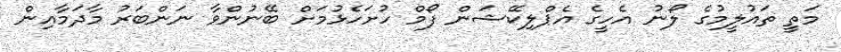
މަތީ ތައުލީމުގެ ލޯނު އެހީގެ އެޕްލިކޭޝަން ފޯމް ހުށަހެޅުމަށް ބޭނުންވާ ނަންބަރު މާދަމާއިން